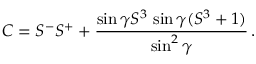
C = S ^ { - } S ^ { + } + \frac { \sin \gamma S ^ { 3 } \, \sin \gamma ( S ^ { 3 } + 1 ) } { \sin ^ { 2 } \gamma } \, .